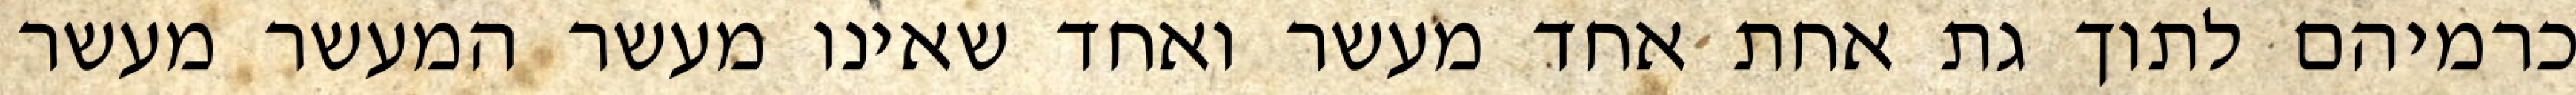
כרמיהם לתוך גת אחת אחד מעשר ואחד שאינו מעשר המעשר מעשר